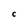
Character: C